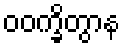
ဝဝက္ခိတွာန